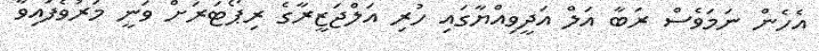
އެހެން ނަމަވެސް ރަބާ އަލް އަދީވިއްޔާގައި ހުރި އަލްޖަޒީރާގެ ރިޕޯޓަރަށް ވަނީ މަރުވެފައިވާ